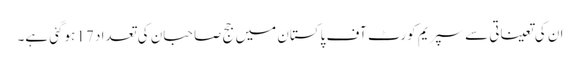
ان کی تعیناتی سے سپریم کورٹ آف پاکستان میں جج صاحبان کی تعداد 17 ہوگئی ہے۔